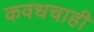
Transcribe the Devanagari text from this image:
कवधचाही